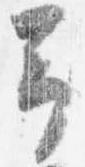
予